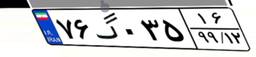
۴۱گ۱۹۸۳۶